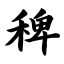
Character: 稗